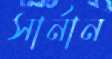
সার্নান